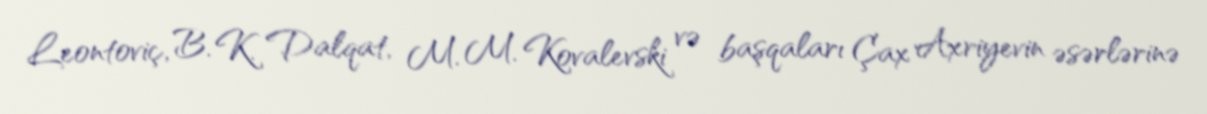
Leontoviç, B. K. Dalqat, M. M. Kovalevski və başqaları Çax Axriyevin əsərlərinə